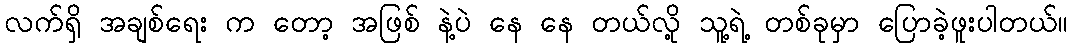
လက်ရှိ အချစ်ရေး က တော့ အဖြစ် နဲ့ပဲ နေ နေ တယ်လို့ သူ့ရဲ့ တစ်ခုမှာ ပြောခဲ့ဖူးပါတယ်။